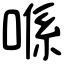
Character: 喺